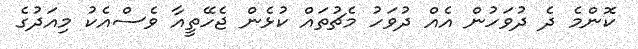
ކޮންމެ ދެ ދުވަހުން އެއް ދުވަހު މެޗުތައް ކުޅެން ޖެހޭތީއާ ވެސްއެކު މިއަދުގެ